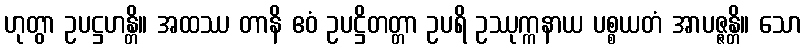
ဟုတွာ ဥပဋ္ဌဟန္တိ။ အထဿ တာနိ ဧဝံ ဥပဋ္ဌိတတ္တာ ဥပရိ ဥဿုက္ကနာယ ပစ္စယတံ အာပဇ္ဇန္တိ။ သော